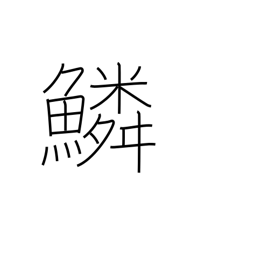
Meaning: scales (fish)